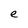
Character: e